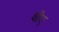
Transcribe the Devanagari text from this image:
थीए